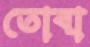
তোবা